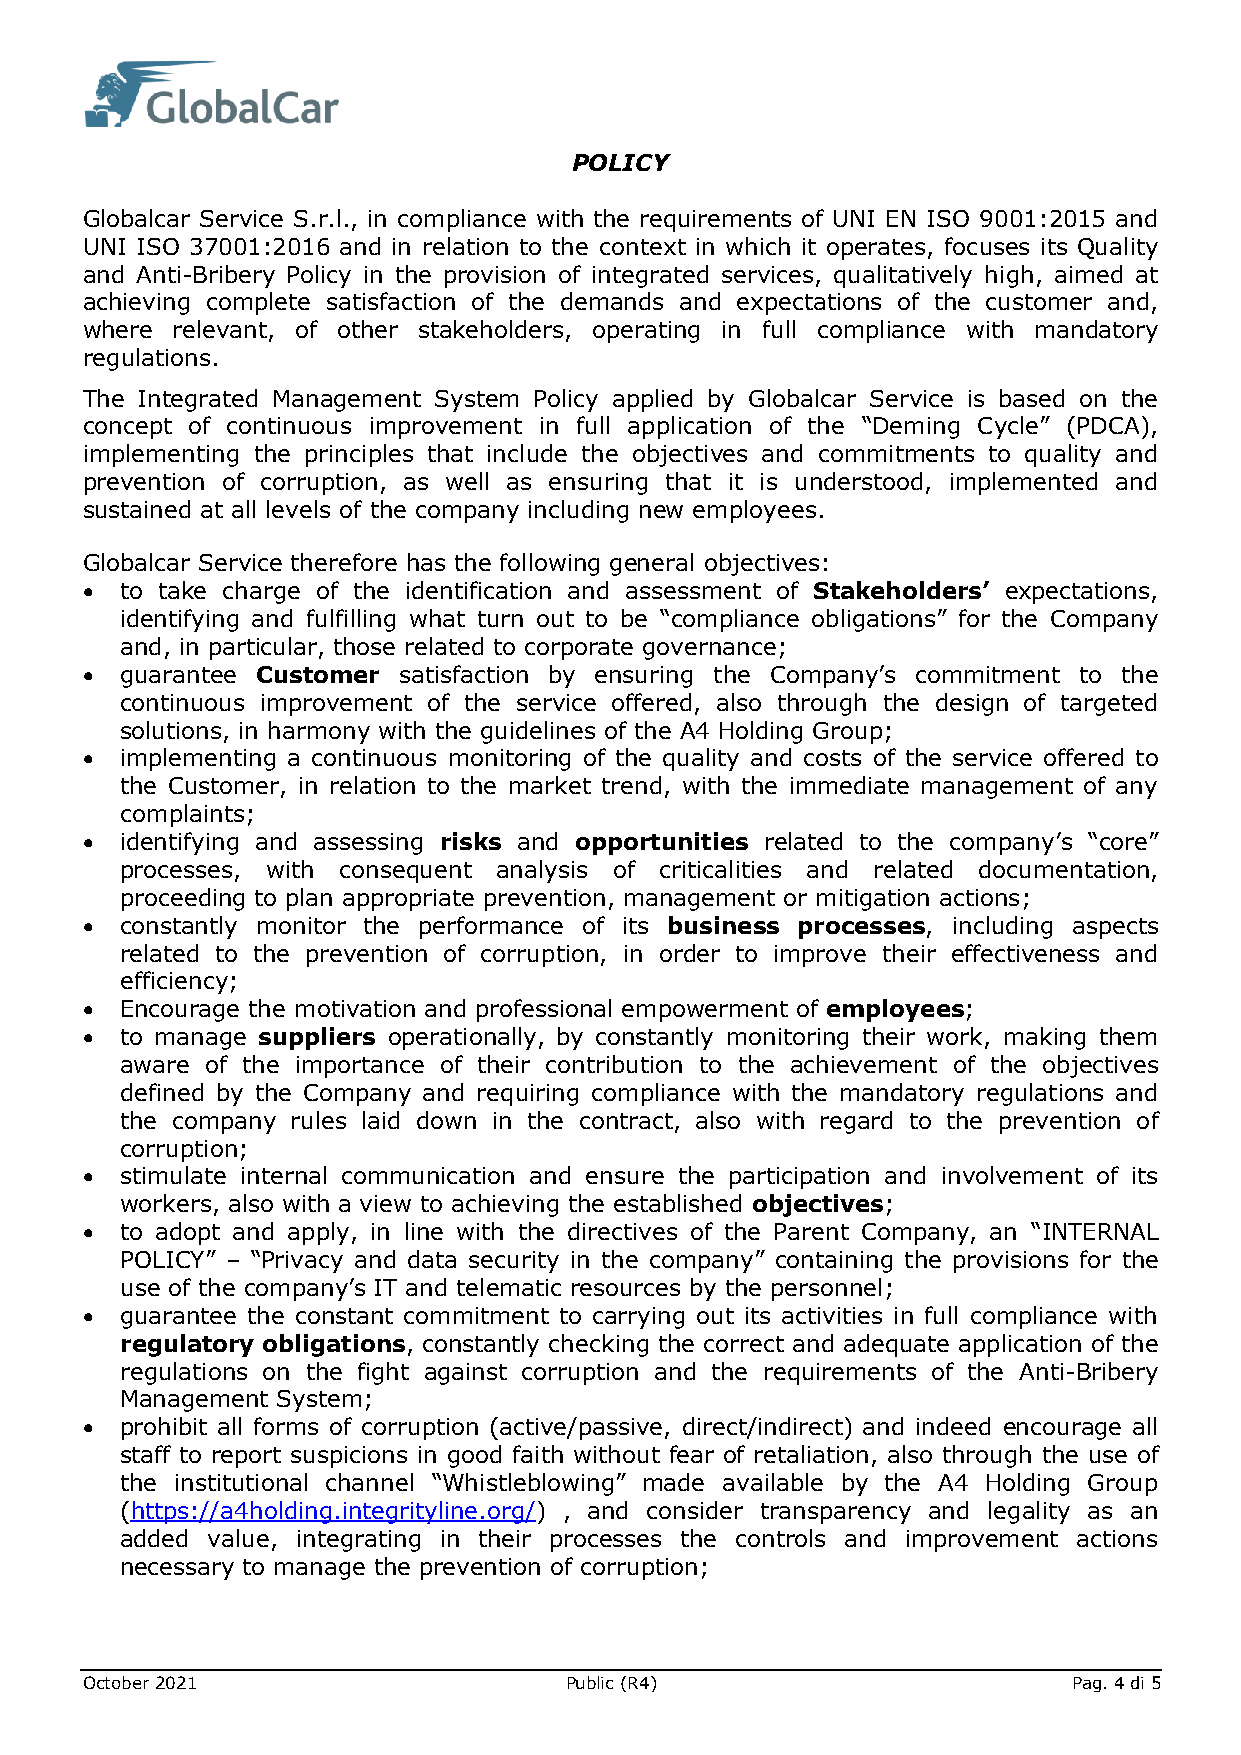
POLICY
 Globalcar Service S.r.l., in compliance with the requirements of UNI EN ISO 9001:2015 and
 UNI ISO 37001:2016 and in relation to the context in which it operates, focuses its Quality
 and Anti-Bribery Policy in the provision of integrated services, qualitatively high, aimed at
 achieving complete satisfaction of the demands and expectations of the customer and,
 where relevant, of other stakeholders, operating in full compliance with mandatory
 regulations.
 The Integrated Management System Policy applied by Globalcar Service is based on the
 concept of continuous improvement in full application of the “Deming Cycle” (PDCA),
 implementing the principles that include the objectives and commitments to quality and
 prevention of corruption, as well as ensuring that it is understood, implemented and
 sustained at all levels of the company including new employees.
 Globalcar Service therefore has the following general objectives:
 •  to take charge of the identification and assessment of Stakeholders’ expectations,
 identifying and fulfilling what turn out to be “compliance obligations” for the Company
 and, in particular, those related to corporate governance;
 •  guarantee Customer satisfaction by ensuring the Company’s commitment to the
 continuous improvement of the service offered, also through the design of targeted
 solutions, in harmony with the guidelines of the A4 Holding Group;
 •  implementing a continuous monitoring of the quality and costs of the service offered to
 the Customer, in relation to the market trend, with the immediate management of any
 complaints;
 •  identifying and assessing risks and opportunities related to the company’s “core”
 processes, with consequent analysis of criticalities and related documentation,
 proceeding to plan appropriate prevention, management or mitigation actions;
 •  constantly monitor the performance of its business processes, including aspects
 related to the prevention of corruption, in order to improve their effectiveness and
 efficiency;
 •  Encourage the motivation and professional empowerment of employees;
 •  to manage suppliers operationally, by constantly monitoring their work, making them
 aware of the importance of their contribution to the achievement of the objectives
 defined by the Company and requiring compliance with the mandatory regulations and
 the company rules laid down in the contract, also with regard to the prevention of
 corruption;
 •  stimulate internal communication and ensure the participation and involvement of its
 workers, also with a view to achieving the established objectives;
 •  to adopt and apply, in line with the directives of the Parent Company, an “INTERNAL
 POLICY” – “Privacy and data security in the company” containing the provisions for the
 use of the company’s IT and telematic resources by the personnel;
 •  guarantee the constant commitment to carrying out its activities in full compliance with
 regulatory obligations, constantly checking the correct and adequate application of the
 regulations on the fight against corruption and the requirements of the Anti-Bribery
 Management System;
 •  prohibit all forms of corruption (active/passive, direct/indirect) and indeed encourage all
 staff to report suspicions in good faith without fear of retaliation, also through the use of
 the institutional channel “Whistleblowing” made available by the A4 Holding Group
 (https://a4holding.integrityline.org/) , and consider transparency and legality as an
 added value, integrating in their processes the controls and improvement actions
 necessary to manage the prevention of corruption;
 October 2021                    Public (R4)                       Pag. 4 di 5